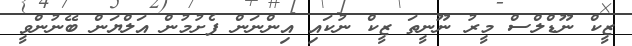
ޒީކް ނޫޑްލްސް މީރު ނޫނީތަ ޒީކް ނުކައި އިންނަން ފެށުމުން އަލްޔަން ބޭނުންވީ